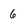
Character: 6